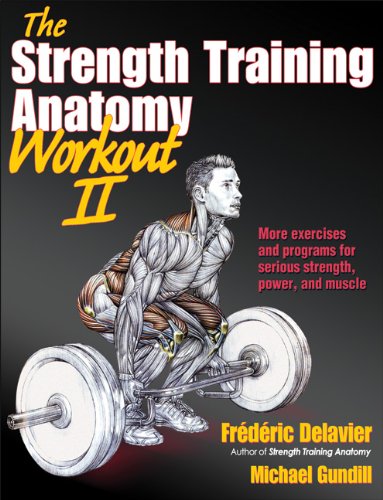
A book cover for Strength Training Anatomy Workout II, The (The Strength Training Anatomy Workout); Frederic Delavier; Medical Books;